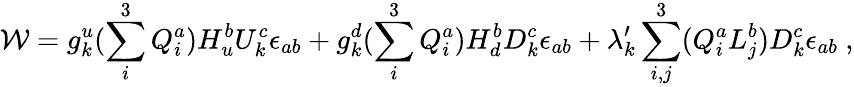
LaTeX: {\cal W}=g_{k}^{u}(\sum_{i}^{3}Q_{i}^{a})H_{u}^{b}U_{k}^{c}\epsilon_{ab}+g_{k}^{d}(\sum_{i}^{3}Q_{i}^{a})H_{d}^{b}D_{k}^{c}\epsilon_{ab}+\lambda_{k}^{\prime}\sum_{i,j}^{3}(Q_{i}^{a}L_{j}^{b})D_{k}^{c}\epsilon_{ab}~,